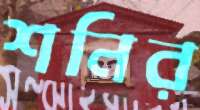
শনির